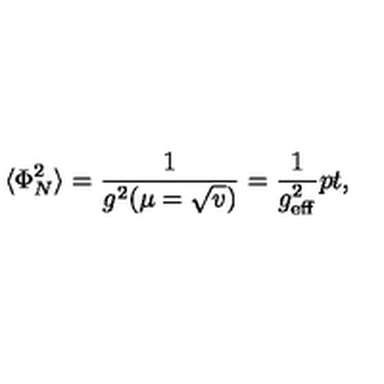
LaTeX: \langle \Phi _ { N } ^ { 2 } \rangle = { \frac { 1 } { g ^ { 2 } ( \mu = \sqrt { v } ) } } = { \frac { 1 } { g _ { \mathrm { e f f } } ^ { 2 } } } \raise 2 p t \mathrm { , }